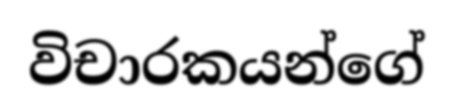
විචාරකයන්ගේ